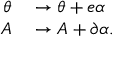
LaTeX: \begin{array} { r l } { \theta } & { { } \rightarrow \theta + e \alpha \, } \\ { A } & { { } \rightarrow A + \partial \alpha . } \end{array}